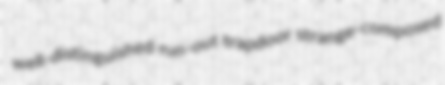
well-distinguished run-out trapdoor strange-composed